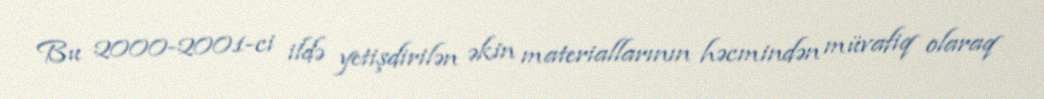
Bu 2000-2001-ci ildə yetişdirilən əkin materiallarının həcmindən müvafiq olaraq